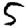
Digit: 5